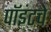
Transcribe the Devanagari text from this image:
पॉइंटचे